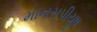
માનસપીયૂષ